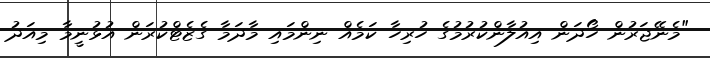
"މެނޭޖަރުން ހޯދަން އިއުލާންކުރުމުގެ ހުރިހާ ކަމެއް ނިންމައި މާދަމާ ގެޒެޓްކުރަން އުޅުނީމާ މިއަދު